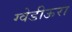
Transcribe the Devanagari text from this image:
ग्वेडीऊरा